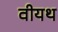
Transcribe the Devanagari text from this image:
वीयथ